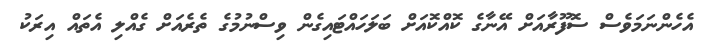
އެހެންނަމަވެސް ސޮފޫރާއަށް އޭނާގެ ކޮއްކޮއަށް ބަލަހައްޓައިގެން ވިސްނުމުގެ ތެރެއަށް ގެއްލި އެތައް އިރަކު